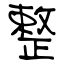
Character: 整